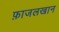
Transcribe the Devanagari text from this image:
फ़ाजलखान